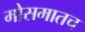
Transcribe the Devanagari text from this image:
मोसमातच